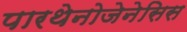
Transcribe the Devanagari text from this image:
पारथेनोजेनेसिस